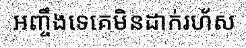
អញ្ចឹងទេគេមិនដាក់រហ័ស